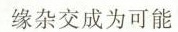
缘杂交成为可能